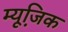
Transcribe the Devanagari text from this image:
म्‍यूजि़क